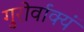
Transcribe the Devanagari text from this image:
गुरोर्वाक्यं